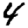
Digit: 4